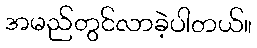
အမည်တွင်လာခဲ့ပါတယ်။